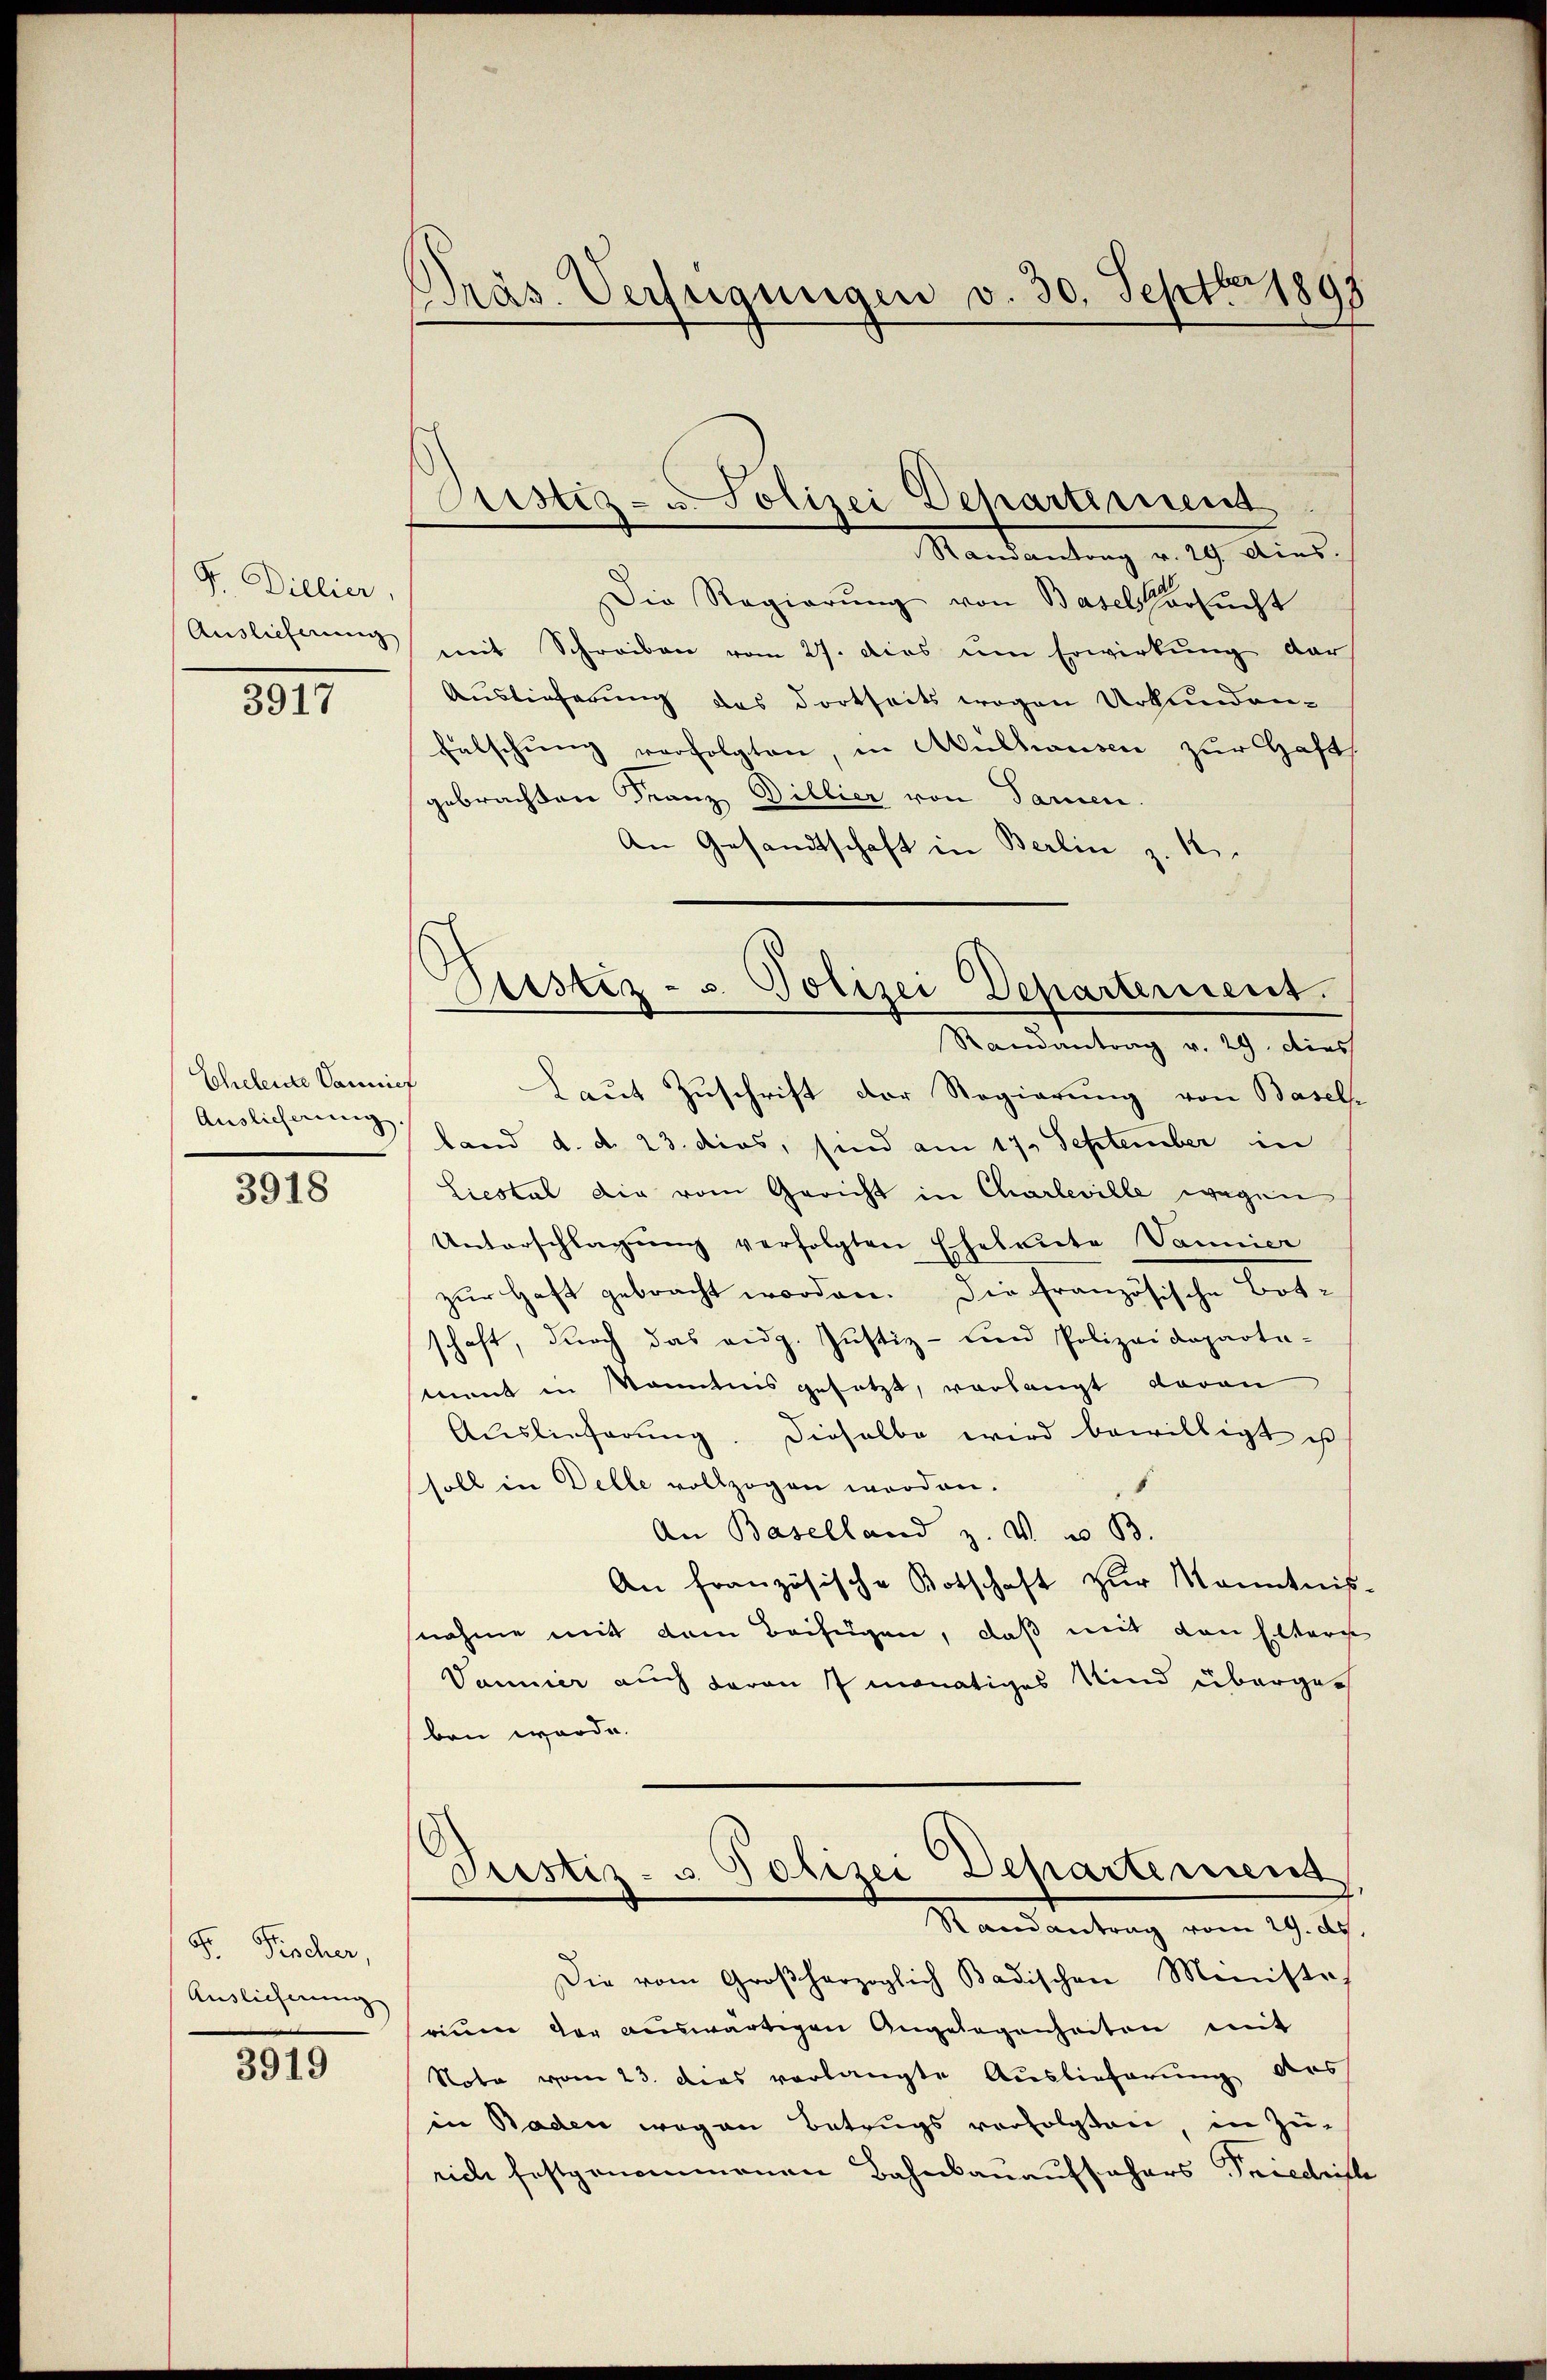
F. Dielier,
Auslieferung

3917

Eheleute Vannief
Auslieferung

3918

S. Fischer,
Auslicherung

3919

Präs. Verfügungen v. 30. Septbr 1897

Arstiz- u. Polizei Departirirend

Sistiz- u. Polizei Departement.
Randantrag v. 29. dies
Laut Zuschrift der Regierung von Basels

Mandantung v. 19. dies
Die Regierung von Basels ersucht
mit Schreiben vom 27. dies um Erwirkung der
Auslieferung das dortseits wegen Urkunden-
Falschung verfolgten, in Mülhausen zur Haft
gebrachten Franz Dillier von Paren
An Gesandtschaft in Berlin z. 12.
.
land d. d. 23. dies, sind am 17. September in
Liestal die vom Gericht in Charleville wegen
Unterschlagung verfolgten Eheleute Vannier
zŭr Haft gebracht worden. Die französische Botschaft, durch das eidg. Justiz- und Polizeideparta-
tnant in kanntnis gesetzt, vorlangt davon
Auslieferŭng. Dieselbe wird bewilligt ist
soll in Delle vollzogen worden.
An Baselland z. V. B.
An französische Botschaft zŭr Kenntnis-
nahme mit dem Beifügen, daß mit den Elters
Vannier auch davon 7 monatiges Kind übergan
ben werde.
Justiz- u. Polizei Departement
Randantrag vom 29. Ap.
Die vom Großherzoglich Badischen Ministraf
rium der auswärtigen Angelegenheiten mit
Note vom 23. dies verlangte Auslieferung des
in Baden wegen Betrugs verfolgten, in Zu-
rich festgenommenen Bahnbauaufsehers Friedrich